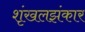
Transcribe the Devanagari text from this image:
शृंखलझंकार